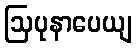
ဩပုနာပေယျ